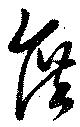
庶